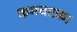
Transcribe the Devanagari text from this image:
कमचटका